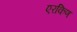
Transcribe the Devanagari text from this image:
एरकिण